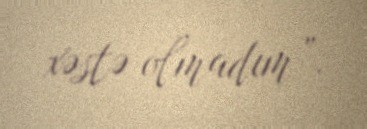
xəstə olmadım”.